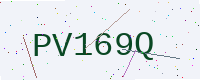
Text: PV169Q